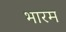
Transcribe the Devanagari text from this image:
भारम